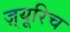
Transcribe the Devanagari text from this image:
ज़्यूरिच